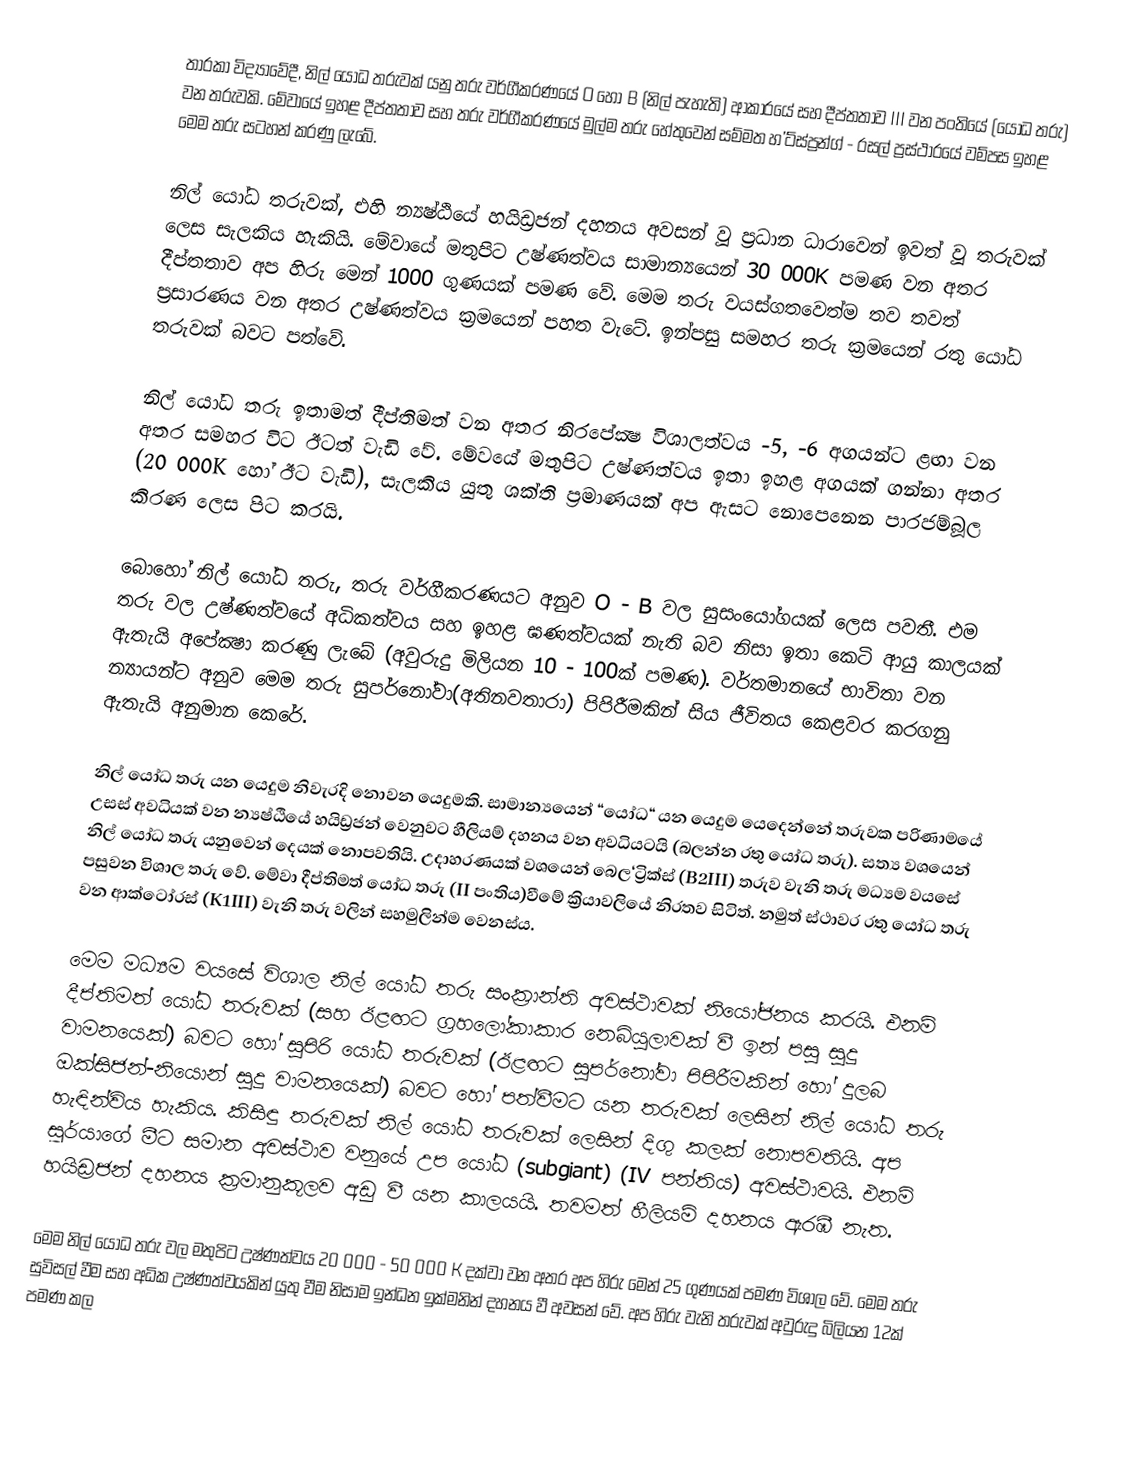
තාරකා විද්‍යාවේදී, නිල් යෝධ තරුවක් යනු තරු වර්ගීකරණයේ O හෝ B (නිල් පැහැති) ආකාරයේ සහ දීප්තතාව III වන පංතියේ (යෝධ තරු) වන තරුවකි. මේවායේ ඉහළ දීප්තතාව සහ තරු වර්ගීකරණයේ මුල්ම තරු හේතුවෙන් සම්මත හ'ට්ස්ප්‍රන්ග් - රසල් ප්‍රස්ථාරයේ වම්පස ඉහළ මෙම තරු සටහන් කරණු ලැබේ.

නිල් යෝධ තරුවක්, එහි න්‍යෂ්ඨියේ හයිඩ්‍රජන් දහනය අවසන් වූ ප්‍රධාන ධාරාවෙන් ඉවත් වූ තරුවක් ලෙස සැලකිය හැකියි. මේවායේ මතුපිට උෂ්ණත්වය සාමාන්‍යයෙන් 30 000K පමණ වන අතර දීප්තතාව අප හිරු මෙන් 1000 ගුණයක් පමණ වේ. මෙම තරු වයස්ගතවෙත්ම තව තවත් ප්‍රසාරණය වන අතර උෂ්ණත්වය ක්‍රමයෙන් පහත වැටේ. ඉන්පසු සමහර තරු ක්‍රමයෙන් රතු යෝධ තරුවක් බවට පත්වේ.

නිල් යෝධ තරු ඉතාමත් දීප්තිමත් වන අතර නිරපේක්‍ෂ විශාලත්වය -5, -6 අගයන්ට ළඟා වන අතර සමහර විට ඊටත් වැඩි වේ.  මේවයේ මතුපිට උෂ්ණත්වය ඉතා ඉහළ අගයක් ගන්නා අතර (20 000K හෝ ඊට වැඩි), සැලකිය යුතු ශක්ති ප්‍රමාණයක් අප ඇසට නොපෙනෙන පාරජම්බූල කිරණ‍‍ ලෙස පිට කරයි.

බොහෝ නිල් යෝධ තරු, තරු වර්ගීකරණයට‍ අනුව O - B වල සුසංයෝගයක් ලෙස පවතී. එම තරු වල උෂ්ණත්වයේ අධිකත්වය සහ ඉහළ ඝණත්වයක් නැති බව නිසා ඉතා කෙටි ආයු කාලයක් ඇතැයි අපේක්‍ෂා කරණු ලැබේ (අවුරුදු මිලියන 10 - 100ක් පමණ). වර්තමානයේ භාවිතා වන න්‍යායන්ට අනුව මෙම තරු සුපර්නෝවා(අතිනවතාරා) පිපිරීමකින් සිය ජීවිතය කෙළවර කරගනු ඇතැයි අනුමාන කෙරේ.

නිල් යෝධ තරු යන යෙදුම නිවැරදි නොවන යෙදුමකි. සාමාන්‍යයෙන් “යෝධ“ යන යෙදුම යෙදෙන්නේ තරුවක පරිණාමයේ උසස් අවධියක් වන න්‍යෂ්ඨියේ හයිඩ්‍රජන් වෙනුවට හීලියම් දහනය වන අවධියටයි (බලන්න රතු යෝධ තරු). සත්‍ය වශයෙන් නිල් යෝධ තරු යනුවෙන් දෙයක් නොපවතියි. උදාහරණයක් වශයෙන් බෙල‘ට්‍රික්ස් (B2III) තරුව වැනි තරු මධ්‍යම වයසේ පසුවන විශාල තරු වේ. මේවා දීප්තිමත් යෝධ තරු (II පංතිය)වීමේ ක්‍රියාවලියේ නිරතව සිටිත්. නමුත් ස්ථාවර රතු යෝධ තරු වන ආක්ටෝරස් (K1III) වැනි තරු වලින් සහමුලින්ම වෙනස්ය.

මෙම මධ්‍යම වයසේ විශාල නිල් යෝධ තරු සංක්‍රාන්ති අවස්ථාවක් නියෝජනය කරයි. එනම් දීප්තිමත් යෝධ තරුවක් (සහ ඊළඟට ග්‍රහලෝකාකාර නෙබියුලාවක් වී ඉන් පසු සුදු වාමනයෙක්) බවට හෝ සුපිරි යෝධ තරුවක් (ඊළඟට සුපර්නෝවා පිපිරීමකින් හෝ දුලබ ඔක්සිජන්-නියොන් සුදු වාමනයෙක්) බවට හෝ පත්වීමට යන තරුවක් ලෙසින් නිල් යෝධ තරු හැඳින්විය හැකිය. කිසිඳු තරුවක් නිල් යෝධ තරුවක් ලෙසින් දිගු කලක් නොපවතියි. අප සූර්යාගේ මීට සමාන අවස්ථාව වනුයේ උප යෝධ (subgiant) (IV පන්තිය) අවස්ථාවයි. එනම් හයිඩ්‍රජන් දහනය ක්‍රමානුකූලව අඩු වී යන කාලයයි. තවමත් හීලියම් දහනය ඇරඹී නැත.

මෙම නිල් යෝධ තරු වල මතුපිට උෂ්ණත්වය 20 000 - 50 000 K දක්වා වන අතර අප හිරු මෙන් 25 ගුණයක් පමණ විශාල වේ. මෙම තරු සුවිසල් වීම සහ අධික උෂ්ණත්වයකින් යුතු වීම නිසාම ඉන්ධන ඉක්මනින් දහනය වී අවසන් වේ. අප හිරු වැනි තරුවක් අවුරුදු බිලියන 12ක් පමණ කල